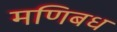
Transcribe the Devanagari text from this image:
मणिबध